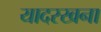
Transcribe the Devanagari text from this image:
यादरखना